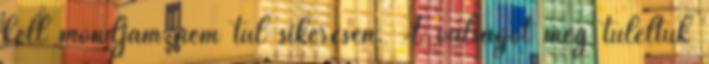
kell mondjam nem túl sikeresen. A válságot még túléltük